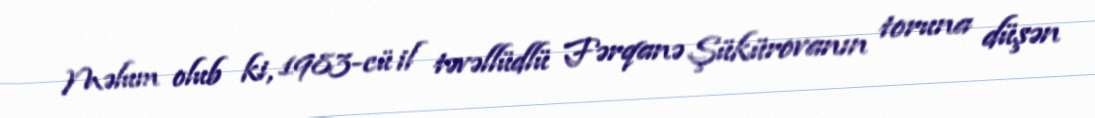
Məlum olub ki, 1983-cü il təvəllüdlü Fərqanə Şükürovanın toruna düşən